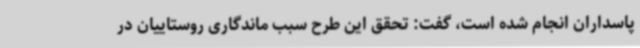
پاسداران انجام شده است، گفت: تحقق این طرح سبب ماندگاری روستاییان در